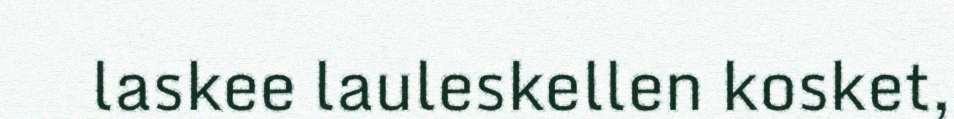
laskee lauleskellen kosket,